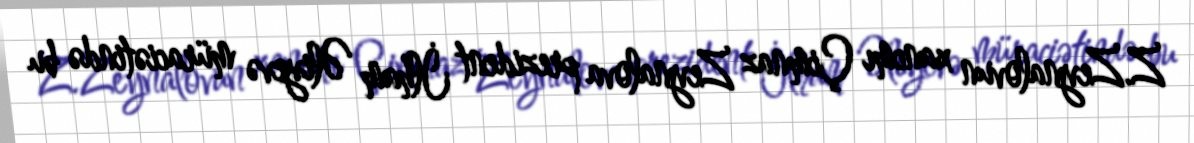
Z.Zeynalovun xanımı Çimnaz Zeynalova prezident İlham Əliyevə müraciətində bu